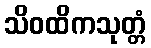
သိဝထိကသုတ္တံ